French and German assistants in Scottish schools and training centres, 1935
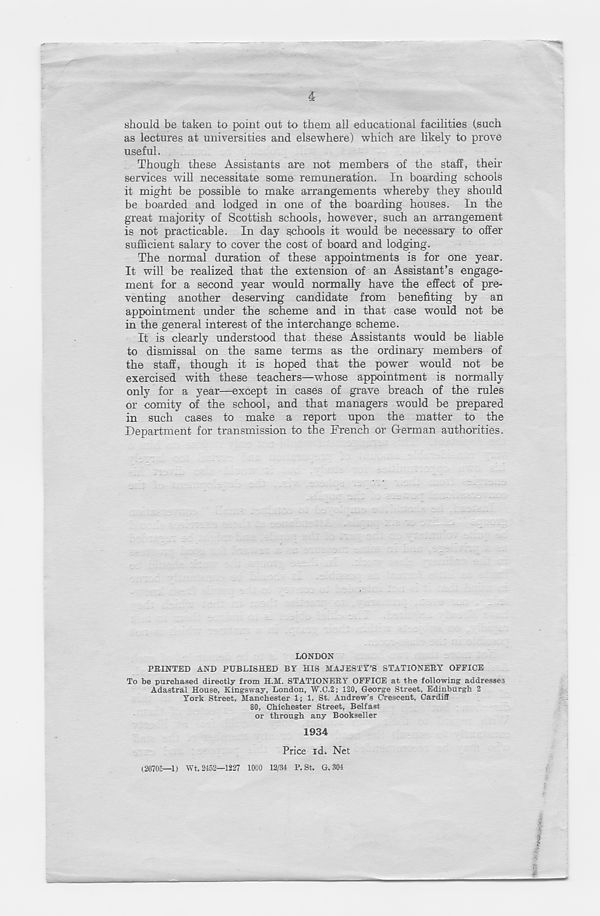
should be taken to point out to them all educational facilities (such
as lectures at universities and elsewhere) which are likely to prove
useful.
Though these Assistants are not members of the staff, their
services will necessitate some remuneration. In boarding schools
it might be possible to make arrangements whereby they should
be boarded and lodged in one of the boarding houses. In the
great majority of Scottish schools, however, such an arrangement
is not practicable. In day schools it would be necessary to offer
sufficient salary to cover the cost of board and lodging.
The normal duration of these appointments is for one year.
It will be realized that the extension of an Assistant’s engage-
ment for a second year would normally have the effect of pre-
venting another deserving candidate from benefiting by an
appointment under the scheme and in that case would not be
in the general interest of the interchange scheme.
It is clearly understood that these Assistants would be liable
to dismissal on the same terms as the ordinary members of
the staff, though it is hoped that the power would not be
exercised with these teachers—whose appointment is normally
only for a year—except in cases of grave breach of the rules
or comity of the school, and that managers would be prepared
in such cases to make a report upon the matter to the
Department for transmission to the French or German authorities.
LONDON
PRINTED AND PUBLISHED BY HIS MAJESTY’S STATIONERY OFFICE
To be purchased directly from H.M. STATIONERY OFFICE at the following addresses
Adastral House, Kingsway, London, W.C.2; 120, George Street, Edinburgh 2
York Street, Manchester 1; 1, St. Andrew’s Crescent, Cardiff
80, Chichester Street, Belfast
or through any Bookseller
1934
Price id. Net
(26705—1) Wt. 2452—1227 1000 12/34 P.St. G. 304